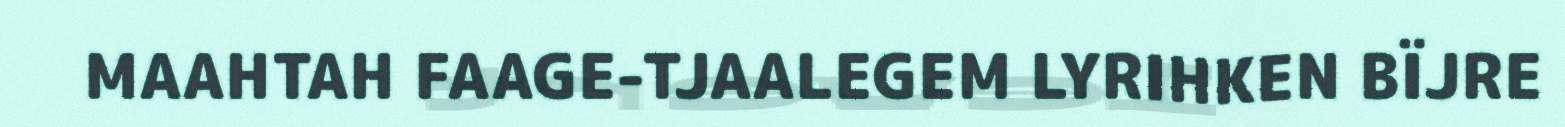
MAAHTAH FAAGE-TJAALEGEM LYRIHKEN BÏJRE